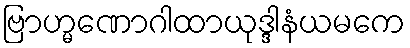
ဗြာဟ္မဏောဂါထာယုဒ္ဒါနံယမကေ